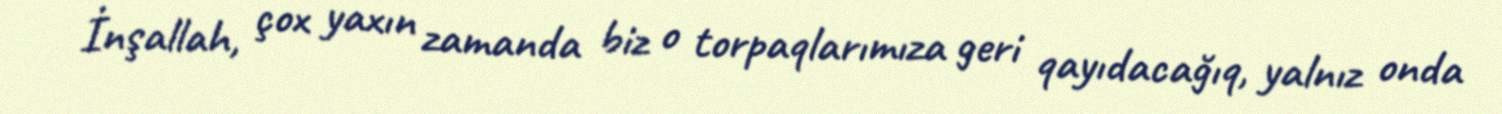
İnşallah, çox yaxın zamanda biz o torpaqlarımıza geri qayıdacağıq, yalnız onda